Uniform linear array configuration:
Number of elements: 16
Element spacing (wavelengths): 0.5
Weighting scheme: uniform
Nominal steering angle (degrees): -15
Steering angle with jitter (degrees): -14.693
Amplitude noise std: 0.05
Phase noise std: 0.05

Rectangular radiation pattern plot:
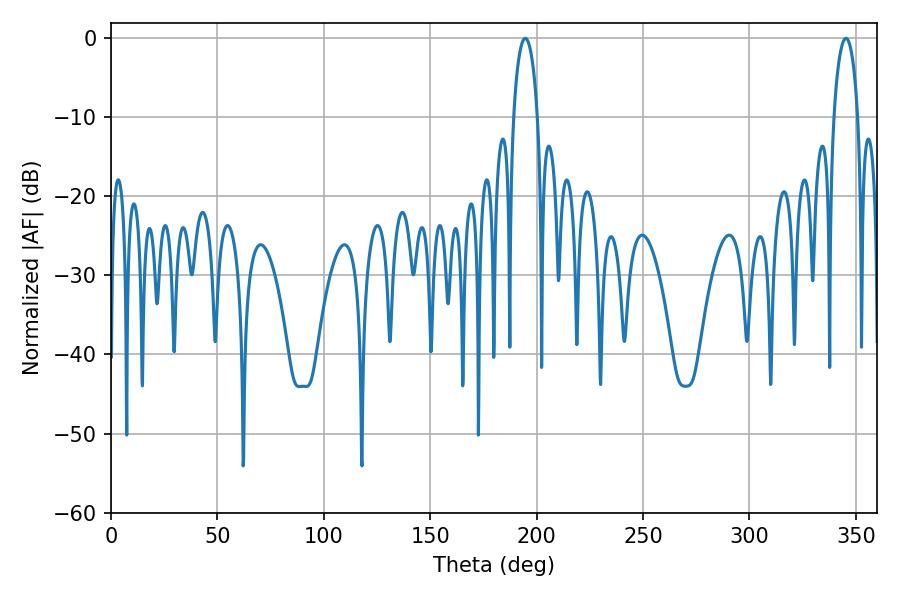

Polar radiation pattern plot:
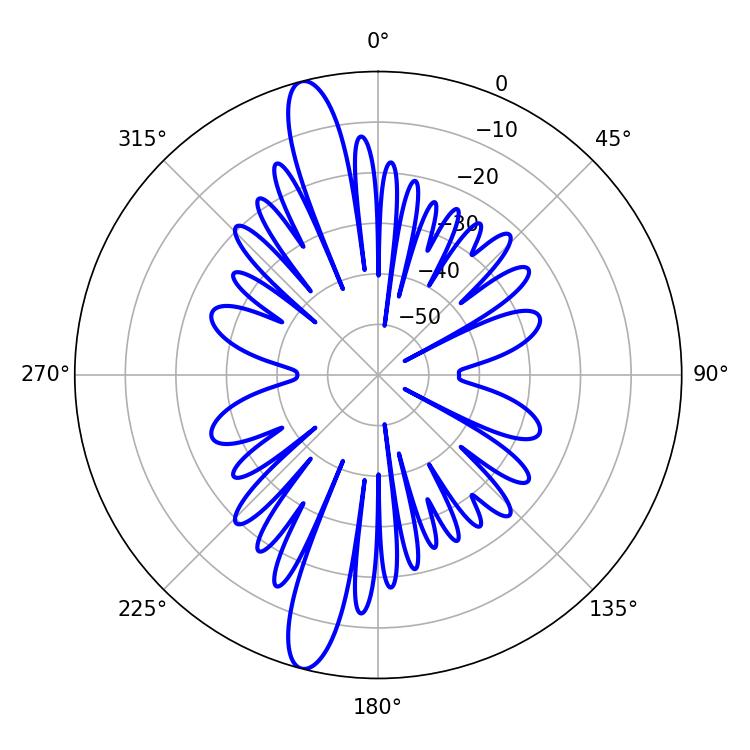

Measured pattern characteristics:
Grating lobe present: FALSE
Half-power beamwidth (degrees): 6.48
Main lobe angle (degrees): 194.58